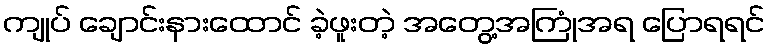
ကျုပ် ချောင်းနားထောင် ခဲ့ဖူးတဲ့ အတွေ့အကြုံအရ ပြောရရင်